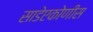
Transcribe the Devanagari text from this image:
साडेएकोणीस